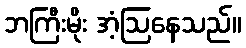
ဘကြီးမိုး အံ့ဩနေသည်။